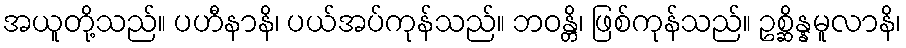
အယူတို့သည်။ ပဟီနာနိ၊ ပယ်အပ်ကုန်သည်။ ဘဝန္တိ၊ ဖြစ်ကုန်သည်။ ဥစ္ဆိန္နမူလာနိ၊